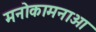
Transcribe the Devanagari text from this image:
मनोकामनाओ